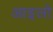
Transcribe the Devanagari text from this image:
आइलो